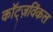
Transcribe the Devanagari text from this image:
कॉट्ज़विंकल